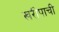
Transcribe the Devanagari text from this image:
खरीपाची